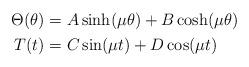
LaTeX: \begin{align*}\begin{aligned}\Theta(\theta)&=A \sinh(\mu\theta)+B\cosh(\mu\theta)\\T(t)&=C \sin(\mu t)+D\cos(\mu t)\\\end{aligned}\end{align*}